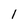
Character: l